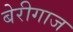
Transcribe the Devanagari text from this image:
बेरीगाज